Civil Veterinary Dept. Bombay admin report 1914-1922 - 1914-1922
Year: 1914
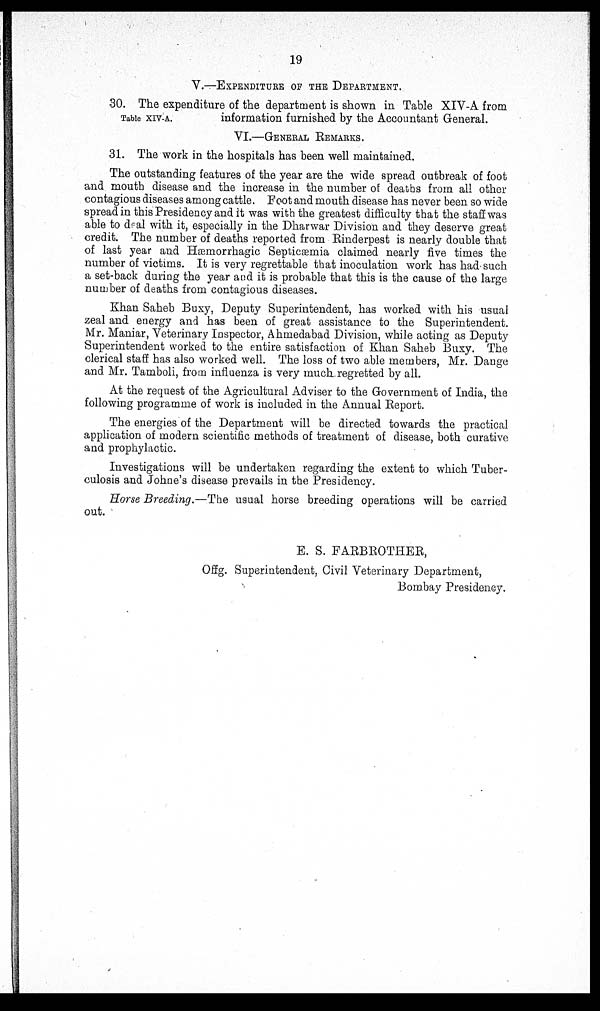
19
V.—EXPENDITURE OF THE DEPARTMENT.
Table XIV-A.
30. The expenditure of the department is shown in Table XIV-A from.
information furnished by the Accountant General.
VI.—GENERAL REMARKS.
31. The work in the hospitals has been well maintained.
The outstanding features of the year are the wide spread outbreak of foot
and mouth disease and the increase in the number of deaths from all other
contagious diseases among cattle. Foot and mouth disease has never been so wide
spread in this Presidency and it was with the greatest difficulty that the staff: was
able to deal with it, especially in the Dharwar Division and they deserve great
credit. The number of deaths reported from Rinderpest is nearly double that
of last year and Hæmorrhagic Septicæmia claimed nearly five times the
number of victims. It is very regrettable that inoculation work has had such
a set-back during the year and it is probable that this is the cause of the large
number of deaths from contagious diseases.
Khan Saheb Buxy, Deputy Superintendent, has worked with his usual
zeal and energy and has been of great assistance to the Superintendent.
Mr. Maniar, Veterinary Inspector, Ahmedabad Division, while acting as Deputy
Superintendent worked to the entire satisfaction of Khan Saheb Buxy. The
clerical staff has also worked well. The loss of two able members, Mr. Dange
and Mr. Tamboli, from influenza is very much regretted by all.
At the request of the Agricultural Adviser to the Government of India, the
following programme of work is included in the Annual Report.
The energies of the Department will be directed towards the practical
application of modern scientific methods of treatment of disease, both curative
and prophylactic.
Investigations will be undertaken regarding the extent to which Tuber-
culosis and Johne's disease prevails in the Presidency.
Horse Breeding.—The usual horse breeding operations will be carried
out.
E. S. FARBROTHER,
Offg. Superintendent, Civil Veterinary Department,
Bombay Presidency.